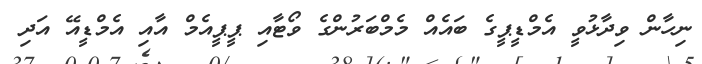
ނިހާން ވިދާޅުވީ އެމްޑީޕީގެ ބައެއް މެމްބަރުންގެ ވޯޓާއި ޕީޕީއެމް އާއި އެމްޑީއޭ އަދި